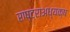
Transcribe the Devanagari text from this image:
राष्ट्राअध्यक्ष